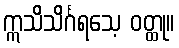
ဣသိသိင်္ဂရသေ့ ဝတ္ထု။